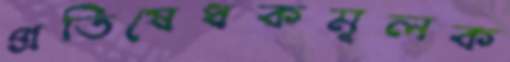
প্রতিষেধকমূলক